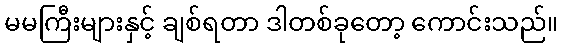
မမကြီးများနှင့် ချစ်ရတာ ဒါတစ်ခုတော့ ကောင်းသည်။